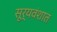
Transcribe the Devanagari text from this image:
सूर्यवंशात